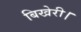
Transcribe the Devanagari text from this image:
बिखेरी।